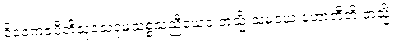
ဝိဝေကဇပီတိသုခသုခုမသစ္စသညီယေဝ တသ္မိံ သမယေ ဟောတီတိ တသ္မိံ